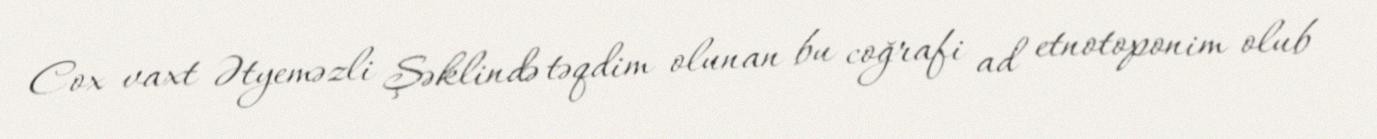
Cox vaxt Ətyeməzli Şəklində təqdim olunan bu coğrafi ad etnotoponim olub